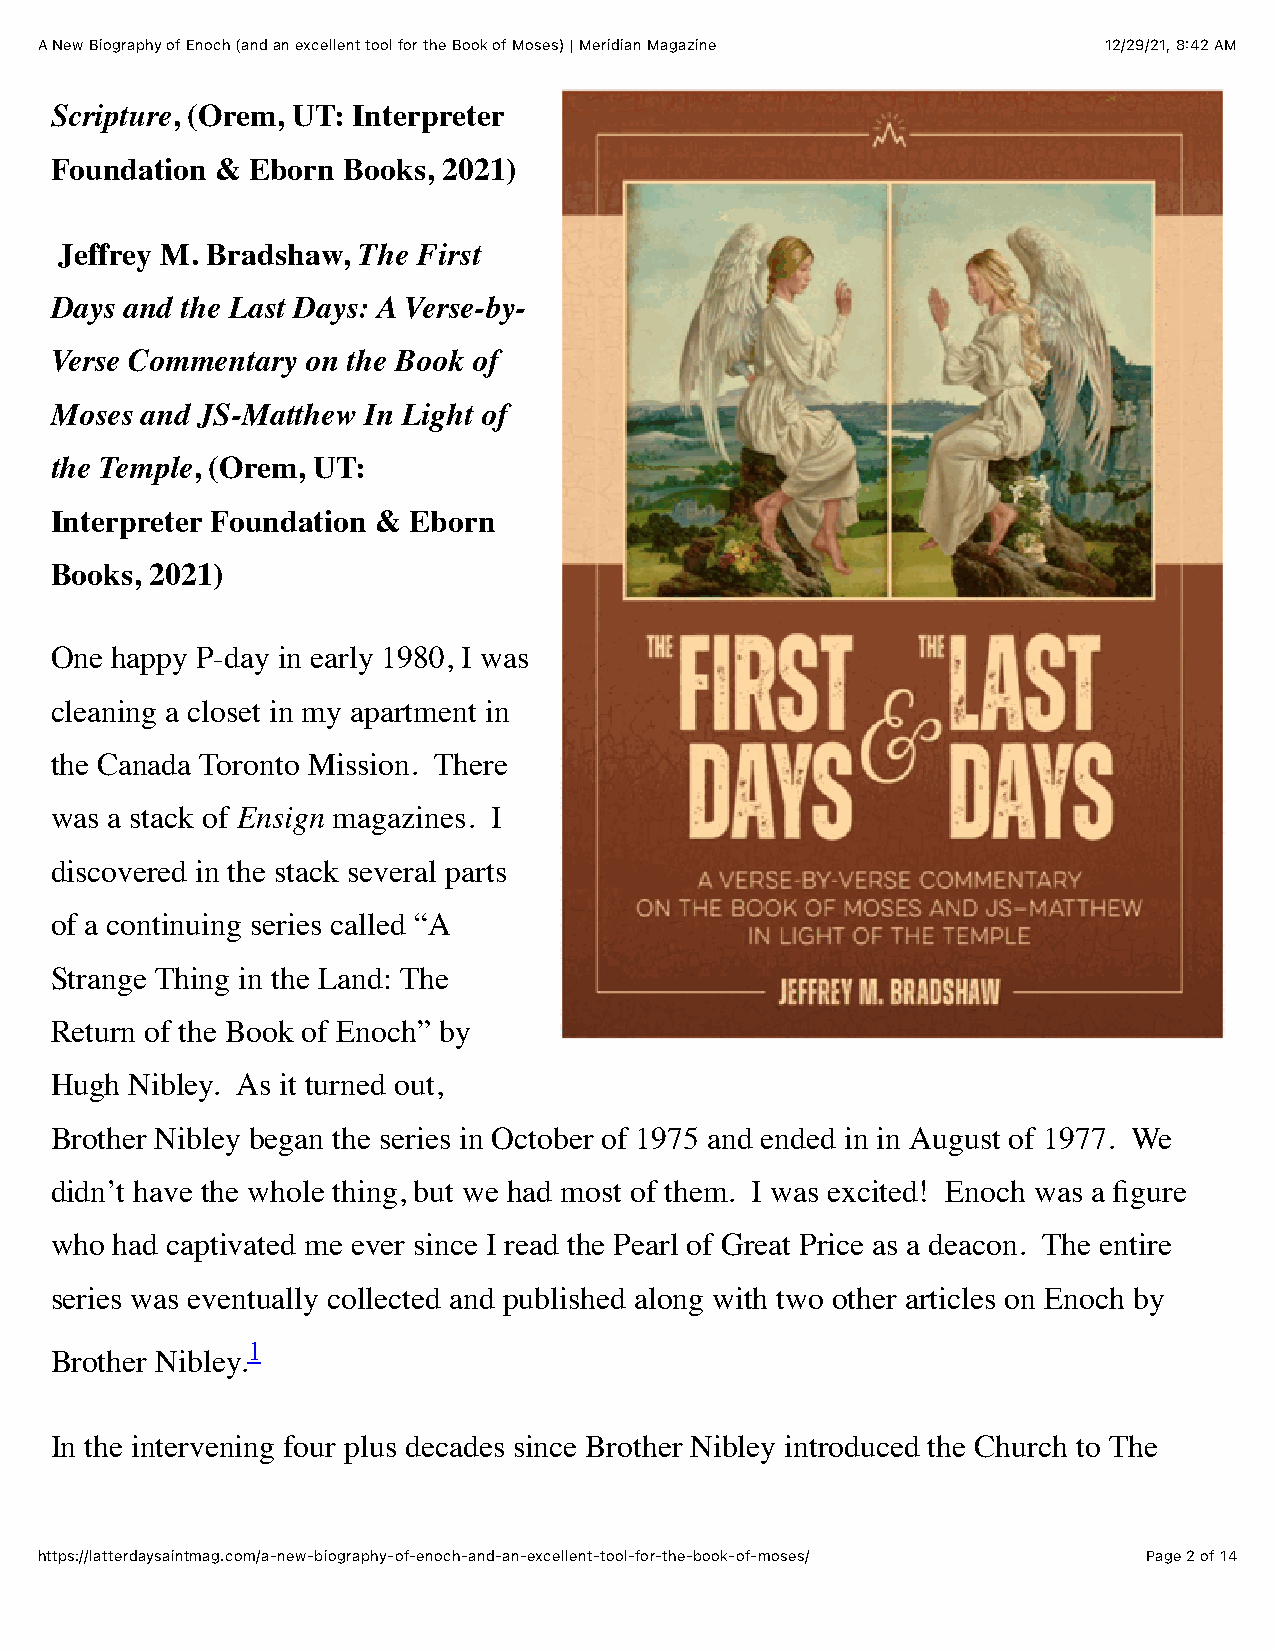
A New Biography of Enoch (and an excellent tool for the Book of Moses) | Meridian Magazine 12/29/21, 8:42 AM
 Scripture, (Orem, UT: Interpreter
 Foundation &  Eborn Books, 2021)
 Jeffrey M. Bradshaw, The First
 Days and the Last Days: A Verse-by-
 Verse Commentary on the Book of
 Moses and JS-Matthew In Light of
 the Temple, (Orem, UT:
 Interpreter Foundation & Eborn
 Books, 2021)
 One happy P-day in early 1980, I was
 cleaning a closet in my apartment in
 the Canada Toronto Mission. There
 was a stack of Ensign magazines. I
 discovered in the stack several parts
 of a continuing series called “A
 Strange Thing in the Land: The
 Return of the Book of Enoch” by
 Hugh  Nibley. As it turned out,
 Brother Nibley began the series in October of 1975 and ended in in August of 1977. We
 didn’t have the whole thing, but we had most of them. I was excited! Enoch was a figure
 who  had captivated me ever since I read the Pearl of Great Price as a deacon. The entire
 series was eventually collected and published along with two other articles on Enoch by
 1
 Brother Nibley.
 In the intervening four plus decades since Brother Nibley introduced the Church to The
 https://latterdaysaintmag.com/a-new-biography-of-enoch-and-an-excellent-tool-for-the-book-of-moses/ Page 2 of 14